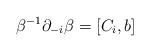
LaTeX: \begin{align*}\beta^{-1} \partial_{-i} \beta = [C_i, b] \end{align*}